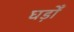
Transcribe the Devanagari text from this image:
घड़ोँ